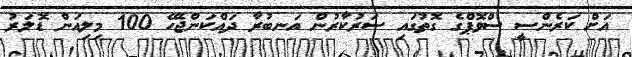
އަށް ކަރެންސީ ސްވޮޕްގެ ގޮތުގައި ސަރުކާރުން އަނބުރާ ދައްކަންޖެހޭ 100 މިލިއަން ޑޮލަރު